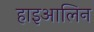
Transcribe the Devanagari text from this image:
हाइआलिन